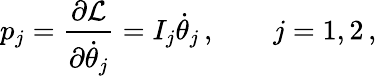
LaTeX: p_{j}=\frac{\partial\mathcal{L}}{\partial\dot{\theta}_{j}}=I_{j}\dot{\theta}_{j}\, ,\qquad j=1,2\, ,